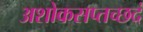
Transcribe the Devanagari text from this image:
अशोकसप्तच्छदं